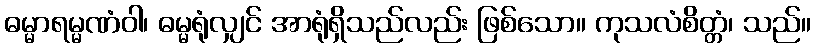
ဓမ္မာရမ္မဏံဝါ၊ ဓမ္မရုံလျှင် အာရုံရှိသည်လည်း ဖြစ်သော။ ကုသလံစိတ္တံ၊ သည်။